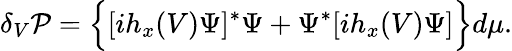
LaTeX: \delta_{V}{\cal P}=\Big\{ [ih_{x}(V)\Psi]^{*}\Psi+\Psi^{*}[ih_{x}(V)\Psi]\Big\} d\mu.